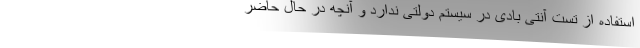
استفاده از تست آنتی بادی در سیستم دولتی ندارد و آنچه در حال حاضر